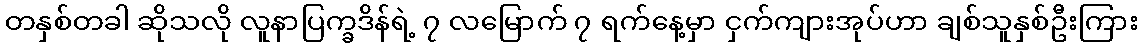
တနှစ်တခါ ဆိုသလို လူနာပြက္ခဒိန်ရဲ့ ၇ လမြောက် ၇ ရက်နေ့မှာ ငှက်ကျားအုပ်ဟာ ချစ်သူနှစ်ဦးကြား